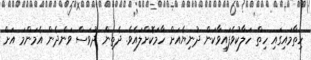
ހިތާމައިގައި ހިތް ހަލާކުވެފައިވާކަން ދުނިޔެއަށް ހާމަކޮށްލައެވެ. ދެތިން ދުވަސް ވަންދެން އެމަންމަ އަށް